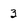
Character: 3